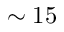
\sim 1 5